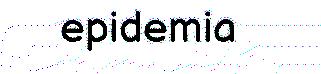
epidemia